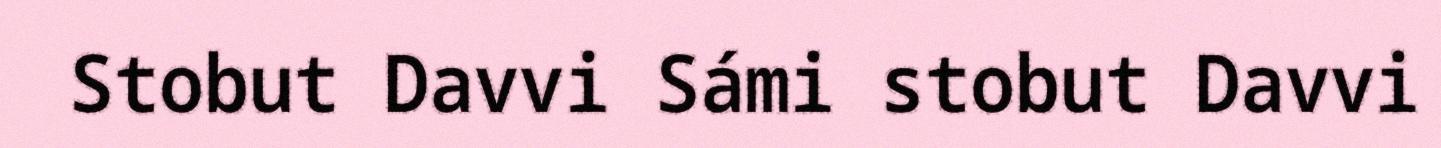
Stobut Davvi Sámi stobut Davvi